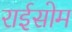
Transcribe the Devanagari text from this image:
राईसोम